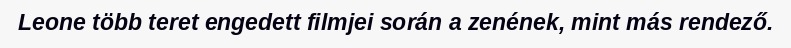
Leone több teret engedett filmjei során a zenének, mint más rendező.